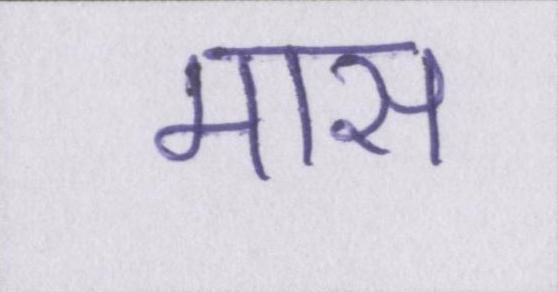
मास